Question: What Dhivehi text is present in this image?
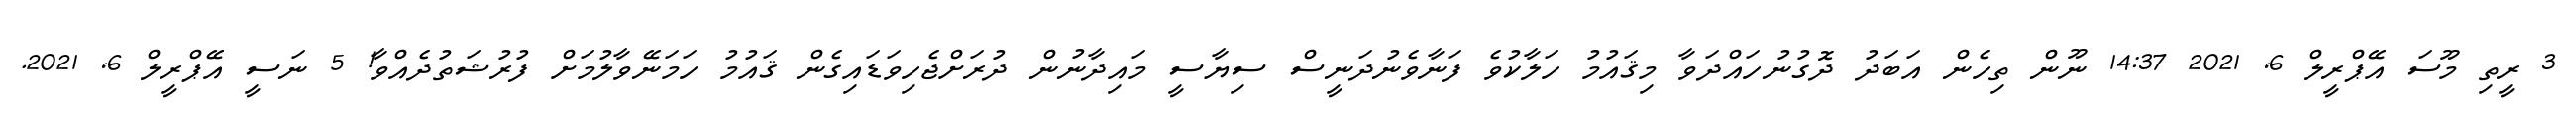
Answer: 3 ރީތި މޫސަ އޭޕްރީލް 6, 2021 14:37 ނޫން ތިހެން އަބަދު ދޮގުނުހައްދަވާ މިޤައުމު ހަލާކުވެ ފަނާވެނުދަނީސް ސިޔާސީ މައިދާނުން ދުރަށްޖެހިވަޑައިގެން ޤައުމު ހަމަނޭވާލުމަށް ފުރުޝަތުދެއްވާ! 5 ނަސީ އޭޕްރީލް 6, 2021.